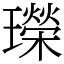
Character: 𤪤